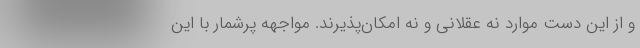
و از این دست موارد نه عقلانی و نه امکان‌پذیرند. مواجهه پرشمار با این